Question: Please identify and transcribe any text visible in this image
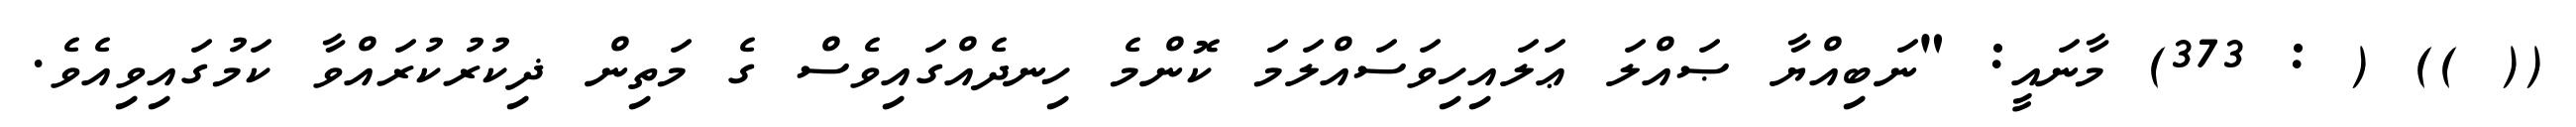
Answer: (( )) ( : 373) މާނައީ: "ނަބިއްޔާ ޞައްލަ ޢަލައިހިވަސައްލަމަ ކޮންމެ ހިނދެއްގައިވެސް ގެ މަތިން ޛިކުރުކުރައްވާ ކަމުގައިވިއެވެ.